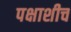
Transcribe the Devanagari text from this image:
पक्षाशीच